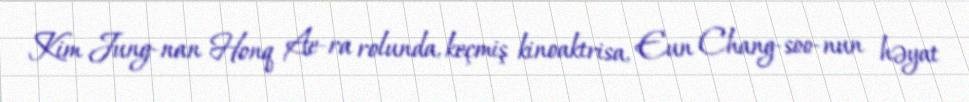
Kim Jung-nan Honq Ae-ra rolunda, keçmiş kinoaktrisa, Eun Chang-soo-nun həyat